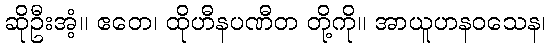
ဆိုဦးအံ့။ ဧတေ၊ ထိုဟီနပဏီတ တို့ကို။ အာယူဟနဝသေန၊